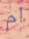
ام